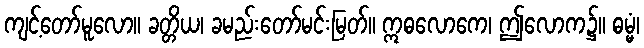
ကျင့်တော်မူလော။ ခတ္တိယ၊ ခမည်းတော်မင်းမြတ်။ ဣဓလောကေ၊ ဤလောက၌။ ဓမ္မံ၊